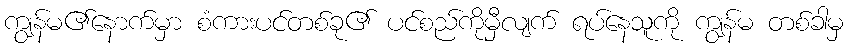
ကျွန်မ၏နောက်မှာ စံကားပင်တစ်ခု၏ ပင်စည်ကိုမှီလျက် ရပ်နေသူကို ကျွန်မ တစ်ခါမှ